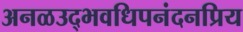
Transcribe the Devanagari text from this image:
अनळउद्भवधिपनंदनप्रिय